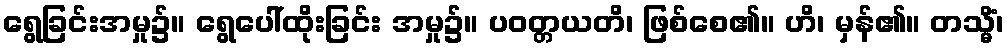
ရွေခြင်းအမှု၌။ ရွေပေါ်ထိုးခြင်း အမှု၌။ ပဝတ္တယတိ၊ ဖြစ်စေ၏။ ဟိ၊ မှန်၏။ တသ္မိံ၊